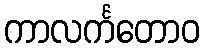
ကာလင်္ကတောဝ